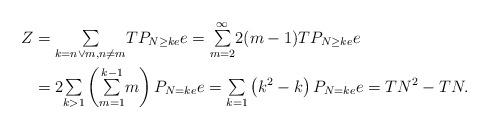
\begin{align*}Z & ={\textstyle\sum\limits_{k=n\vee m,n\neq m}}TP_{N\geq ke}e={\textstyle\sum\limits_{m=2}^{\infty}}2(m-1)TP_{N\geq ke}e\\& =2{\textstyle\sum\limits_{k>1}}\left({\textstyle\sum\limits_{m=1}^{k-1}}m\right) P_{N=ke}e={\textstyle\sum\limits_{k=1}}\left( k^{2}-k\right) P_{N=ke}e=TN^{2}-TN.\end{align*}